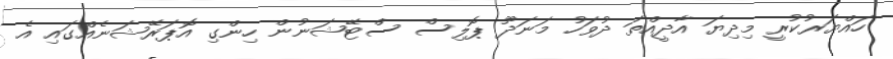
ހައްޔަރުކުރީ މިދިޔަ އާދީއްތަ ދުވަހު މަނަދޫ ޕޮލިސް ސްޓޭޝަނުން ހިންގި އޮޕަރޭޝަނެއްގައި އެ